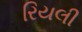
રિયલી